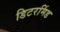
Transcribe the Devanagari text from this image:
डिटरमिंड